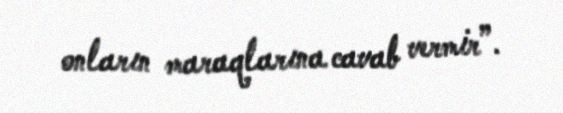
onların maraqlarına cavab vermir”.